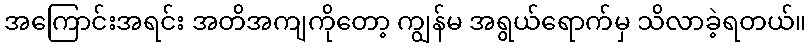
အကြောင်းအရင်း အတိအကျကိုတော့ ကျွန်မ အရွယ်ရောက်မှ သိလာခဲ့ရတယ်။